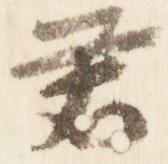
君